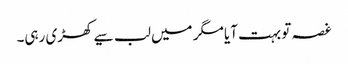
غصہ تو بہت آیا مگر میں لب سیے کھڑی رہی۔